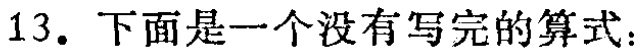
13. 下面是一个没有写完的算式：